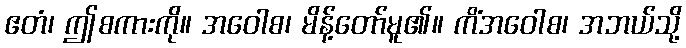
ဧတံ၊ ဤစကားကို။ အဝေါစ၊ မိန့်တော်မူ၏။ ကိံအဝေါစ၊ အဘယ်သို့